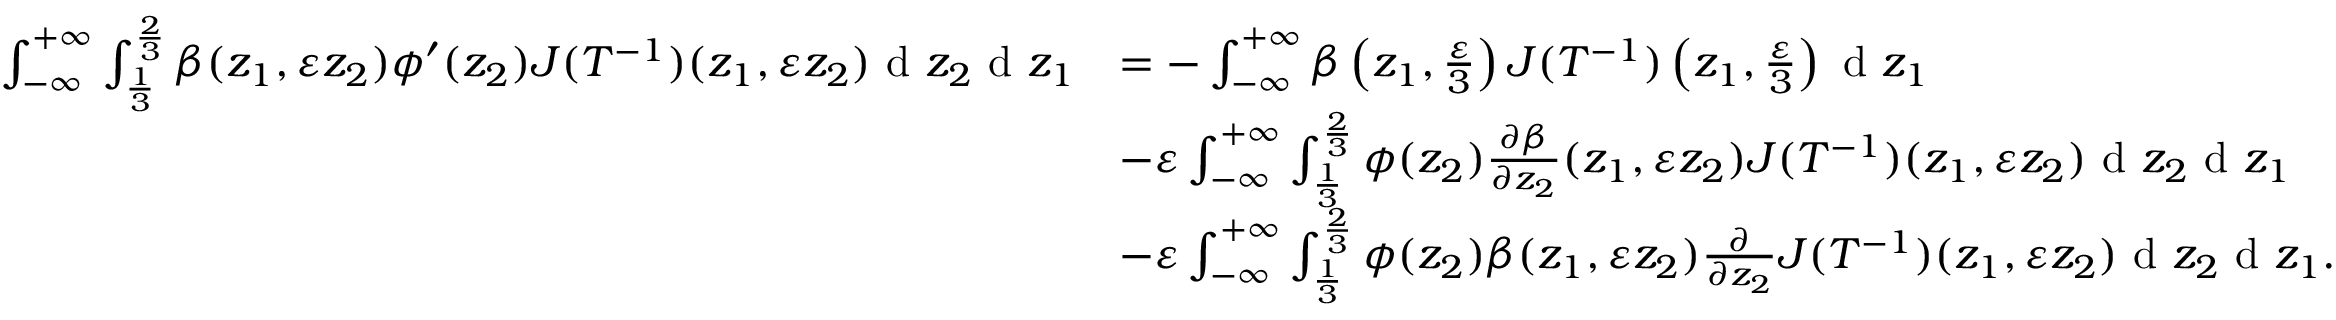
\begin{array} { r l } { \int _ { - \infty } ^ { + \infty } \int _ { \frac { 1 } { 3 } } ^ { \frac { 2 } { 3 } } \beta ( z _ { 1 } , \varepsilon z _ { 2 } ) \phi ^ { \prime } ( z _ { 2 } ) J ( T ^ { - 1 } ) ( z _ { 1 } , \varepsilon z _ { 2 } ) \textrm { d } z _ { 2 } \textrm { d } z _ { 1 } } & { = - \int _ { - \infty } ^ { + \infty } \beta \left( z _ { 1 } , \frac { \varepsilon } { 3 } \right) J ( T ^ { - 1 } ) \left( z _ { 1 } , \frac { \varepsilon } { 3 } \right) \textrm { d } z _ { 1 } } \\ & { - \varepsilon \int _ { - \infty } ^ { + \infty } \int _ { \frac { 1 } { 3 } } ^ { \frac { 2 } { 3 } } \phi ( z _ { 2 } ) \frac { \partial \beta } { \partial z _ { 2 } } ( z _ { 1 } , \varepsilon z _ { 2 } ) J ( T ^ { - 1 } ) ( z _ { 1 } , \varepsilon z _ { 2 } ) \textrm { d } z _ { 2 } \textrm { d } z _ { 1 } } \\ & { - \varepsilon \int _ { - \infty } ^ { + \infty } \int _ { \frac { 1 } { 3 } } ^ { \frac { 2 } { 3 } } \phi ( z _ { 2 } ) \beta ( z _ { 1 } , \varepsilon z _ { 2 } ) \frac { \partial } { \partial z _ { 2 } } J ( T ^ { - 1 } ) ( z _ { 1 } , \varepsilon z _ { 2 } ) \textrm { d } z _ { 2 } \textrm { d } z _ { 1 } . } \end{array}